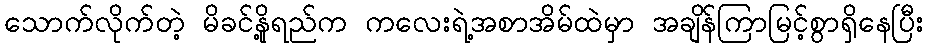
သောက်လိုက်တဲ့ မိခင်နို့ရည်က ကလေးရဲ့အစာအိမ်ထဲမှာ အချိန်ကြာမြင့်စွာရှိနေပြီး